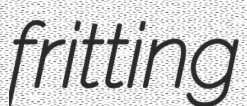
fritting